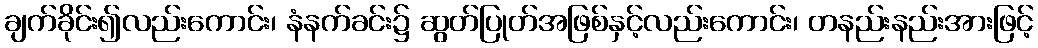
ချက်ခိုင်း၍လည်းကောင်း၊ နံနက်ခင်း၌ ဆွတ်ပြုတ်အဖြစ်နှင့်လည်းကောင်း၊ တနည်းနည်းအားဖြင့်